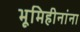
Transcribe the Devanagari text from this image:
भूमिहीनांना